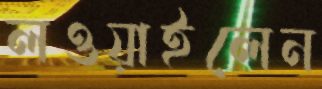
লওয়াইলেন